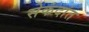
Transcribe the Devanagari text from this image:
सेकंदांत